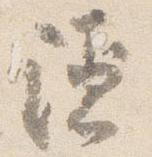
隠